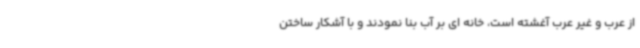
از عرب و غیر عرب آغشته است، خانه ای بر آب بنا نمودند و با آشکار ساختن